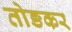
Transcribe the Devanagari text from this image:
तोङकर